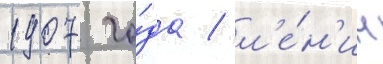
1907 го́да / л'е́н'ин